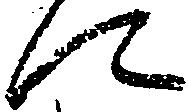
に